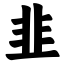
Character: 韭